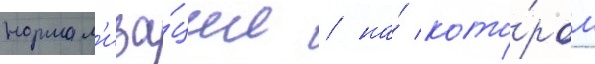
нормал'иза́ции / на́ кото́ром